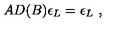
A D ( B ) \epsilon _ { L } = \epsilon _ { L } \ ,